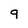
Character: q